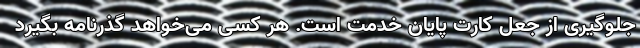
جلوگیری از جعل کارت پایان خدمت است. هر کسی می‌خواهد گذرنامه بگیرد